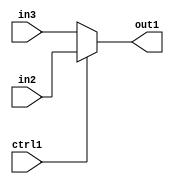
`timescale 1ps / 1ps
/*****************************************************************************
    Verilog RTL Description
    
    
    Created by: Stratus DpOpt 21.05.01 
*******************************************************************************/

module dut_N_Muxb_1_2_32_1 (
	in3,
	in2,
	ctrl1,
	out1
	); /* architecture "behavioural" */ 
input  in3,
	in2,
	ctrl1;
output  out1;
wire  asc001;

reg [0:0] asc001_tmp_0;
assign asc001 = asc001_tmp_0;
always @ (ctrl1 or in2 or in3) begin
	case (ctrl1)
		1'B1 : asc001_tmp_0 = in2 ;
		default : asc001_tmp_0 = in3 ;
	endcase
end

assign out1 = asc001;
endmodule

/* CADENCE  uLH4Tw8= : u9/ySxbfrwZIxEzHVQQV8Q== ** DO NOT EDIT THIS LINE ******/